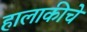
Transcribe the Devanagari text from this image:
हालाकीचे